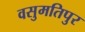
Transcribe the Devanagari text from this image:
वसुमतिपुर